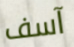
آسف